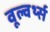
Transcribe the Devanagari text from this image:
वूल्वर्थ्स